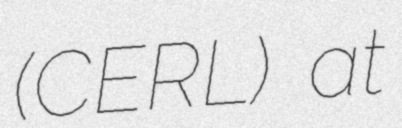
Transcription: (CERL) at